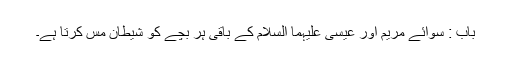
باب : سوائے مریم اور عیسیٰ علیہما السلام کے باقی ہر بچے کو شیطان مس کرتا ہے۔